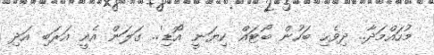
މުހައްމަދާ.. ދިވެހި ބަހުން ބޯޓައް ކިޔަނީ 'އޮޑި'.. ގަލަން އެއީ އަރަބި އަދި